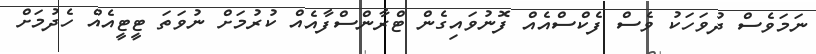
ނަމަވެސް ދުވަހަކު ވެސް ފެކްސްއެއް ފޮނުވައިގެން ޓްރާންސްފާއެއް ކުރުމަށް ނުވަތަ ޓީޓީއެއް ހެދުމަށް